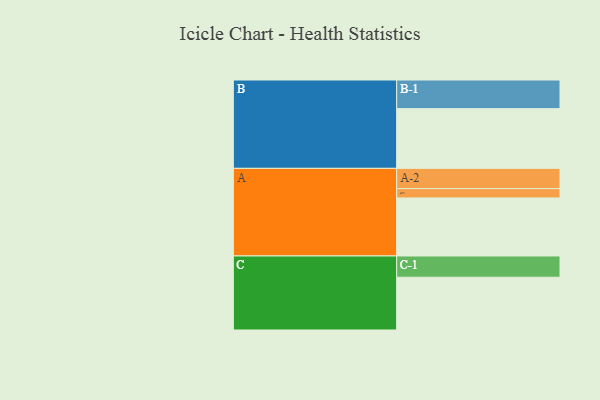
{"axis": {"x": "Segment", "y": "Value"}, "legend": ["", "A", "B", "C"], "data": [{"x": "A", "y": 551, "type": ""}, {"x": "B", "y": 567, "type": ""}, {"x": "C", "y": 501, "type": ""}, {"x": "A-1", "y": 89, "type": "A"}, {"x": "A-2", "y": 192, "type": "A"}, {"x": "B-1", "y": 272, "type": "B"}, {"x": "C-1", "y": 202, "type": "C"}]}